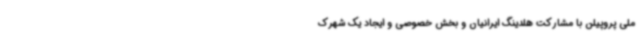
ملی پروپیلن با مشارکت هلدینگ ایرانیان و بخش خصوصی و ایجاد یک شهرک